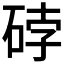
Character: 𰦼